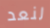
لنعد